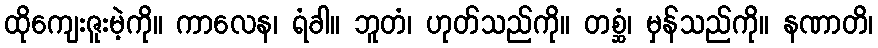
ထိုကျေးဇူးမဲ့ကို။ ကာလေန၊ ရံခါ။ ဘူတံ၊ ဟုတ်သည်ကို။ တစ္ဆံ၊ မှန်သည်ကို။ နဏာတိ၊